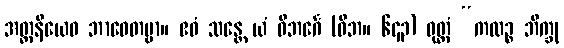
အတ္တနိယေဝ ဘာဝေတဗ္ဗာ။ ဧဝံ သန္တေ ယံ ဝိဘင်္ဂေ (ဝိဘ။ ၆၄၃) ဝုတ္တံ “ကထဉ္စ ဘိက္ခု